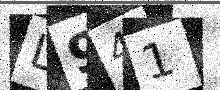
Text: L941